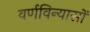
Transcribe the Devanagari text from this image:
वर्णविन्यासों